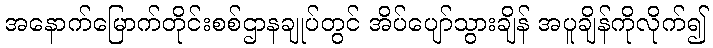
အနောက်မြောက်တိုင်းစစ်ဌာနချုပ်တွင် အိပ်ပျော်သွားချိန် အပူချိန်ကိုလိုက်၍